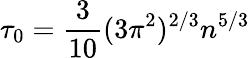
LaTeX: \tau_{0}=\frac{3}{10}(3\pi^{2})^{2/3}n^{5/3}